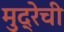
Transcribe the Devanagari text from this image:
मुद्रेची